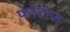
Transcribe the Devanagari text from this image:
फोटोज